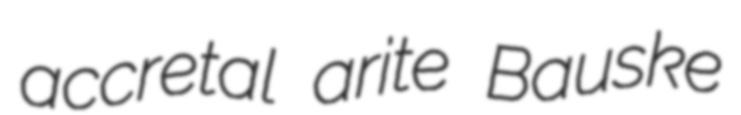
accretal arite Bauske